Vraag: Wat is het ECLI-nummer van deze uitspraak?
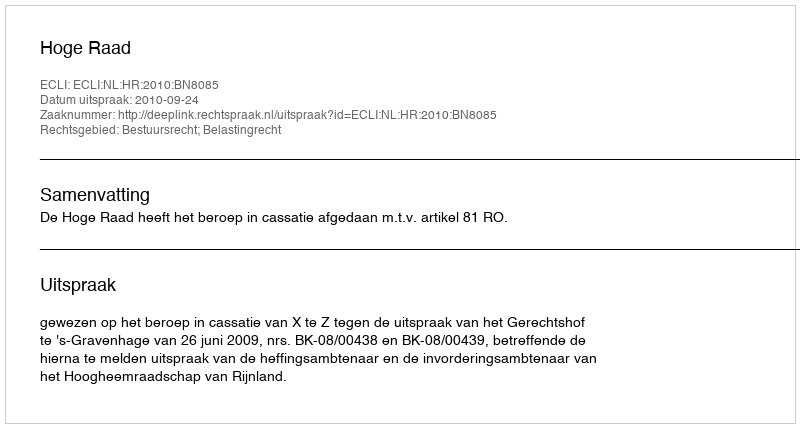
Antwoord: ECLI:NL:HR:2010:BN8085